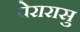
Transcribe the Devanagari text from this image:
पेरारासु